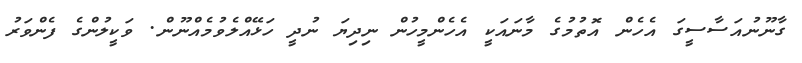
ގާނޫނުއަސާސީގަ އެހެން އޮތުމުގެ މާނައަކީ އެހެންމީހުން ނިދިޔަ ނުދީ ހަޅޭއްލެވުމެއްނޫން. ވަކީލުންގެ ފެންވަރު